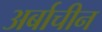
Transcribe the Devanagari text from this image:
अर्बाचीन